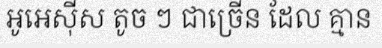
អូអេស៊ីស តូច ៗ ជាច្រើន ដែល គ្មាន